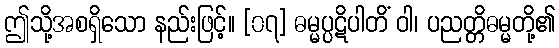
ဤသို့အစရှိသော နည်းဖြင့်။ [၀၇] ဓမ္မပ္ပဋိပါတိံ ဝါ၊ ပညတ္တိဓမ္မတို့၏